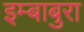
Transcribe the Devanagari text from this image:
इम्बाबुरा